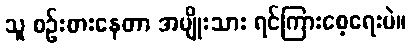
သူ စဉ်းစားနေတာ အမျိုးသား ရင်ကြားစေ့ရေးပဲ။